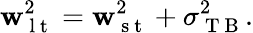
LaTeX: \mathbf{w}_{\mathrm{{~l~t~}}}^{2}=\mathbf{w}_{\mathrm{{~s~t~}}}^{2}+\sigma_{\mathrm{{~T~B~}}}^{2}.